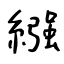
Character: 繦